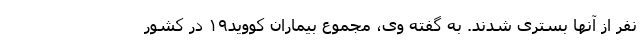
نفر از آنها بستری شدند. به گفته وی، مجموع بیماران کووید۱۹ در کشور